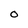
Character: O